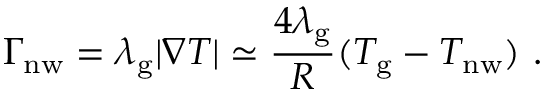
\Gamma _ { \mathrm { n w } } = \lambda _ { \mathrm { g } } | \nabla T | \simeq \frac { 4 \lambda _ { \mathrm { g } } } { R } ( T _ { \mathrm { g } } - T _ { \mathrm { n w } } ) \ .